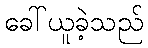
ခေါ်ယူခဲ့သည်